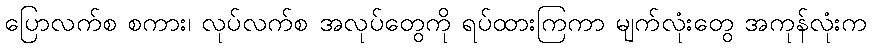
ပြောလက်စ စကား၊ လုပ်လက်စ အလုပ်တွေကို ရပ်ထားကြကာ မျက်လုံးတွေ အကုန်လုံးက